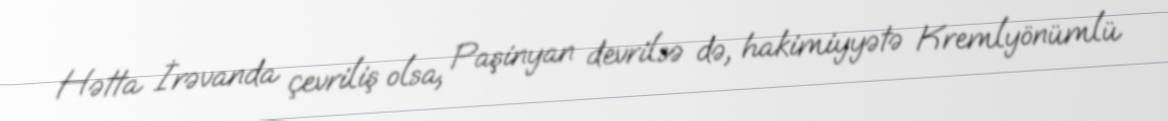
Hətta İrəvanda çevriliş olsa, Paşinyan devrilsə də, hakimiyyətə Kremlyönümlü